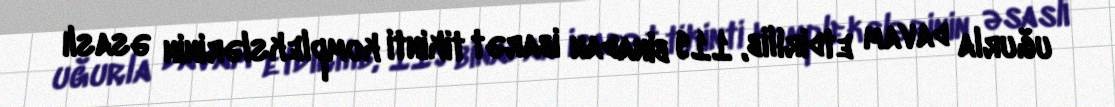
uğurla davam etdirilib, 119 binadan ibarət tikinti komplekslərinin əsaslı